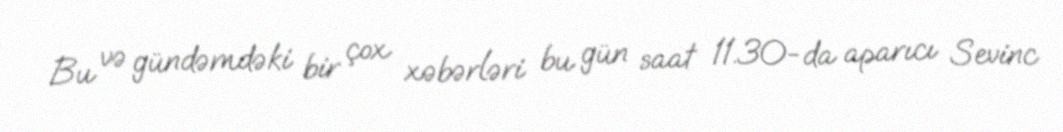
Bu və gündəmdəki bir çox xəbərləri bu gün saat 11.30-da aparıcı Sevinc